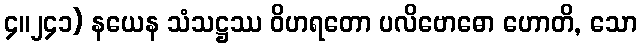
၄။၂၄၁) နယေန သံသဋ္ဌဿ ဝိဟရတော ပလိဗောဓော ဟောတိ, သော